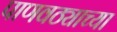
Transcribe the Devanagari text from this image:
पाणवठ्याच्या